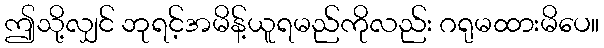
ဤသို့လျှင် ဘုရင့်အမိန့်ယူရမည်ကိုလည်း ဂရုမထားမိပေ။